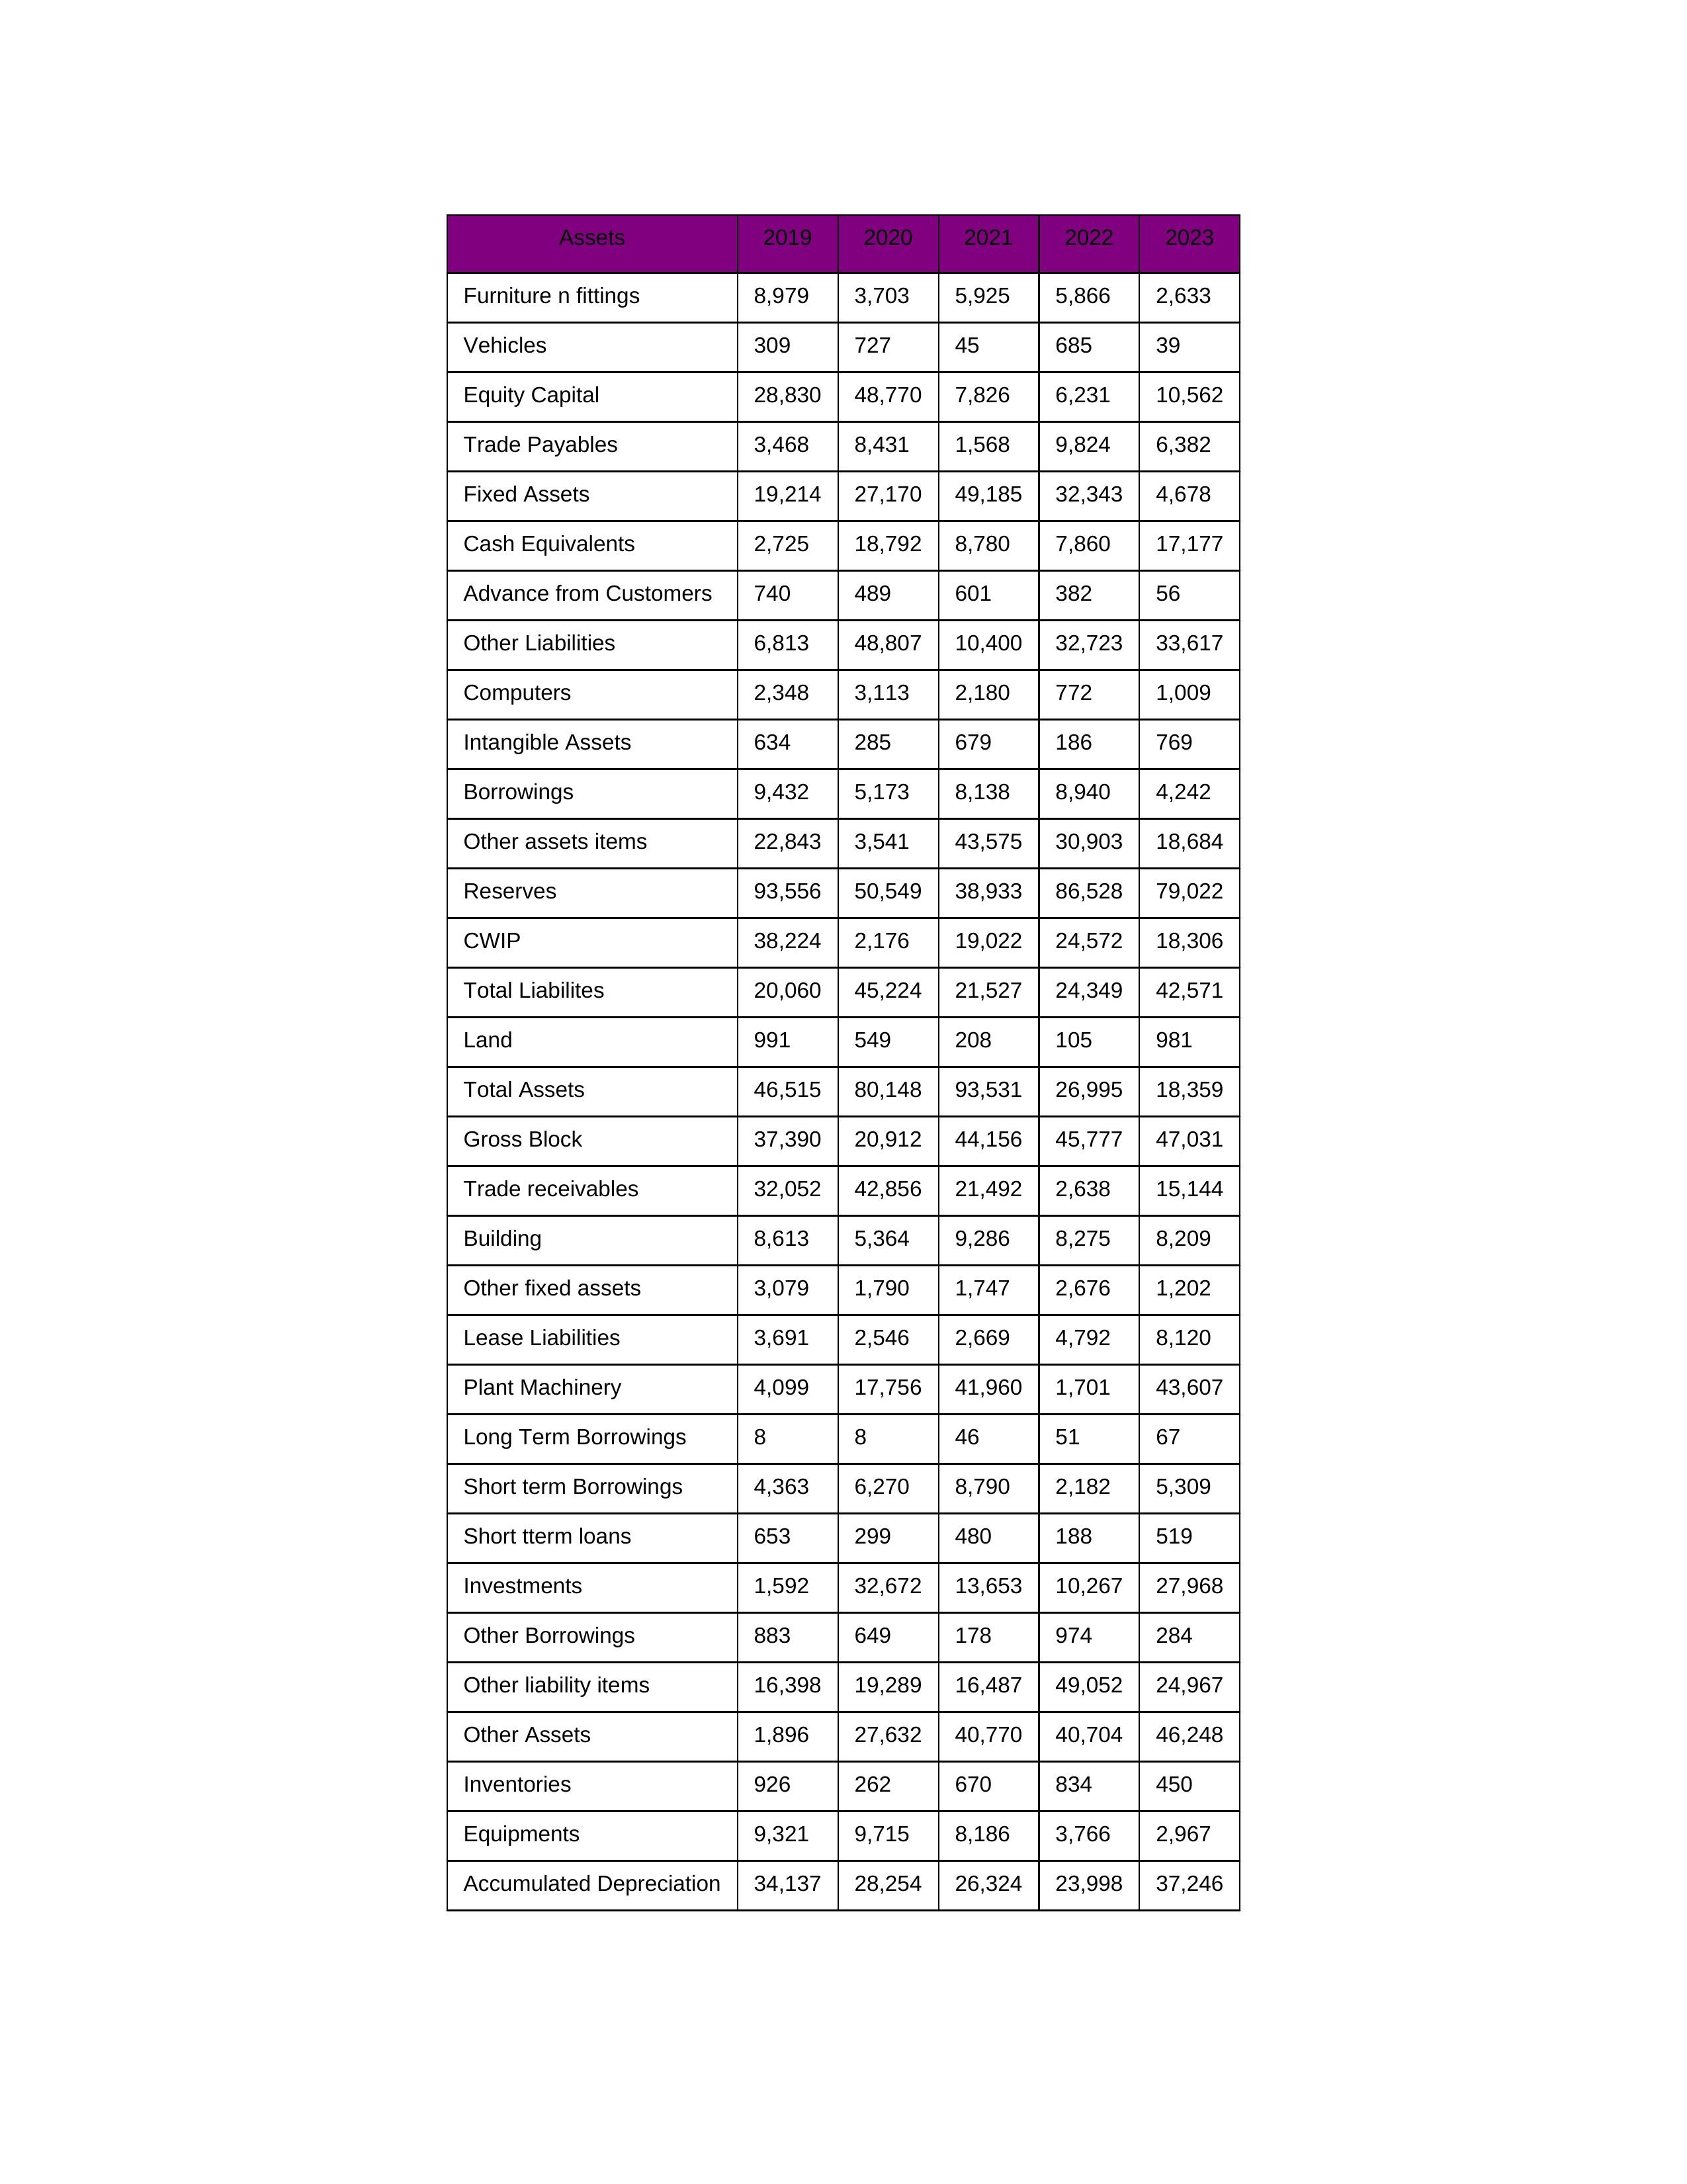
gt_parse: 2019: Equity Capital: 28,830
Reserves: 93,556
Borrowings: 9,432
Long Term Borrowings: 8
Short term Borrowings: 4,363
Lease Liabilities: 3,691
Other Borrowings: 883
Other Liabilities: 6,813
Trade Payables: 3,468
Advance from Customers: 740
Other liability items: 16,398
Total Liabilites: 20,060
Fixed Assets: 19,214
Land: 991
Building: 8,613
Plant Machinery: 4,099
Equipments: 9,321
Computers: 2,348
Furniture n fittings: 8,979
Vehicles: 309
Intangible Assets: 634
Other fixed assets: 3,079
Gross Block: 37,390
Accumulated Depreciation: 34,137
CWIP: 38,224
Investments: 1,592
Other Assets: 1,896
Inventories: 926
Trade receivables: 32,052
Cash Equivalents: 2,725
Short tterm loans: 653
Other assets items: 22,843
Total Assets: 46,515
2020: Equity Capital: 48,770
Reserves: 50,549
Borrowings: 5,173
Long Term Borrowings: 8
Short term Borrowings: 6,270
Lease Liabilities: 2,546
Other Borrowings: 649
Other Liabilities: 48,807
Trade Payables: 8,431
Advance from Customers: 489
Other liability items: 19,289
Total Liabilites: 45,224
Fixed Assets: 27,170
Land: 549
Building: 5,364
Plant Machinery: 17,756
Equipments: 9,715
Computers: 3,113
Furniture n fittings: 3,703
Vehicles: 727
Intangible Assets: 285
Other fixed assets: 1,790
Gross Block: 20,912
Accumulated Depreciation: 28,254
CWIP: 2,176
Investments: 32,672
Other Assets: 27,632
Inventories: 262
Trade receivables: 42,856
Cash Equivalents: 18,792
Short tterm loans: 299
Other assets items: 3,541
Total Assets: 80,148
2021: Equity Capital: 7,826
Reserves: 38,933
Borrowings: 8,138
Long Term Borrowings: 46
Short term Borrowings: 8,790
Lease Liabilities: 2,669
Other Borrowings: 178
Other Liabilities: 10,400
Trade Payables: 1,568
Advance from Customers: 601
Other liability items: 16,487
Total Liabilites: 21,527
Fixed Assets: 49,185
Land: 208
Building: 9,286
Plant Machinery: 41,960
Equipments: 8,186
Computers: 2,180
Furniture n fittings: 5,925
Vehicles: 45
Intangible Assets: 679
Other fixed assets: 1,747
Gross Block: 44,156
Accumulated Depreciation: 26,324
CWIP: 19,022
Investments: 13,653
Other Assets: 40,770
Inventories: 670
Trade receivables: 21,492
Cash Equivalents: 8,780
Short tterm loans: 480
Other assets items: 43,575
Total Assets: 93,531
2022: Equity Capital: 6,231
Reserves: 86,528
Borrowings: 8,940
Long Term Borrowings: 51
Short term Borrowings: 2,182
Lease Liabilities: 4,792
Other Borrowings: 974
Other Liabilities: 32,723
Trade Payables: 9,824
Advance from Customers: 382
Other liability items: 49,052
Total Liabilites: 24,349
Fixed Assets: 32,343
Land: 105
Building: 8,275
Plant Machinery: 1,701
Equipments: 3,766
Computers: 772
Furniture n fittings: 5,866
Vehicles: 685
Intangible Assets: 186
Other fixed assets: 2,676
Gross Block: 45,777
Accumulated Depreciation: 23,998
CWIP: 24,572
Investments: 10,267
Other Assets: 40,704
Inventories: 834
Trade receivables: 2,638
Cash Equivalents: 7,860
Short tterm loans: 188
Other assets items: 30,903
Total Assets: 26,995
2023: Equity Capital: 10,562
Reserves: 79,022
Borrowings: 4,242
Long Term Borrowings: 67
Short term Borrowings: 5,309
Lease Liabilities: 8,120
Other Borrowings: 284
Other Liabilities: 33,617
Trade Payables: 6,382
Advance from Customers: 56
Other liability items: 24,967
Total Liabilites: 42,571
Fixed Assets: 4,678
Land: 981
Building: 8,209
Plant Machinery: 43,607
Equipments: 2,967
Computers: 1,009
Furniture n fittings: 2,633
Vehicles: 39
Intangible Assets: 769
Other fixed assets: 1,202
Gross Block: 47,031
Accumulated Depreciation: 37,246
CWIP: 18,306
Investments: 27,968
Other Assets: 46,248
Inventories: 450
Trade receivables: 15,144
Cash Equivalents: 17,177
Short tterm loans: 519
Other assets items: 18,684
Total Assets: 18,359